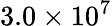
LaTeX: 3.0\times 10^{7}